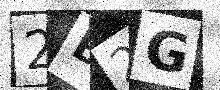
Text: 2B2G